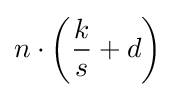
n\cdot \left({{\frac {k}{s}}+d}\right)